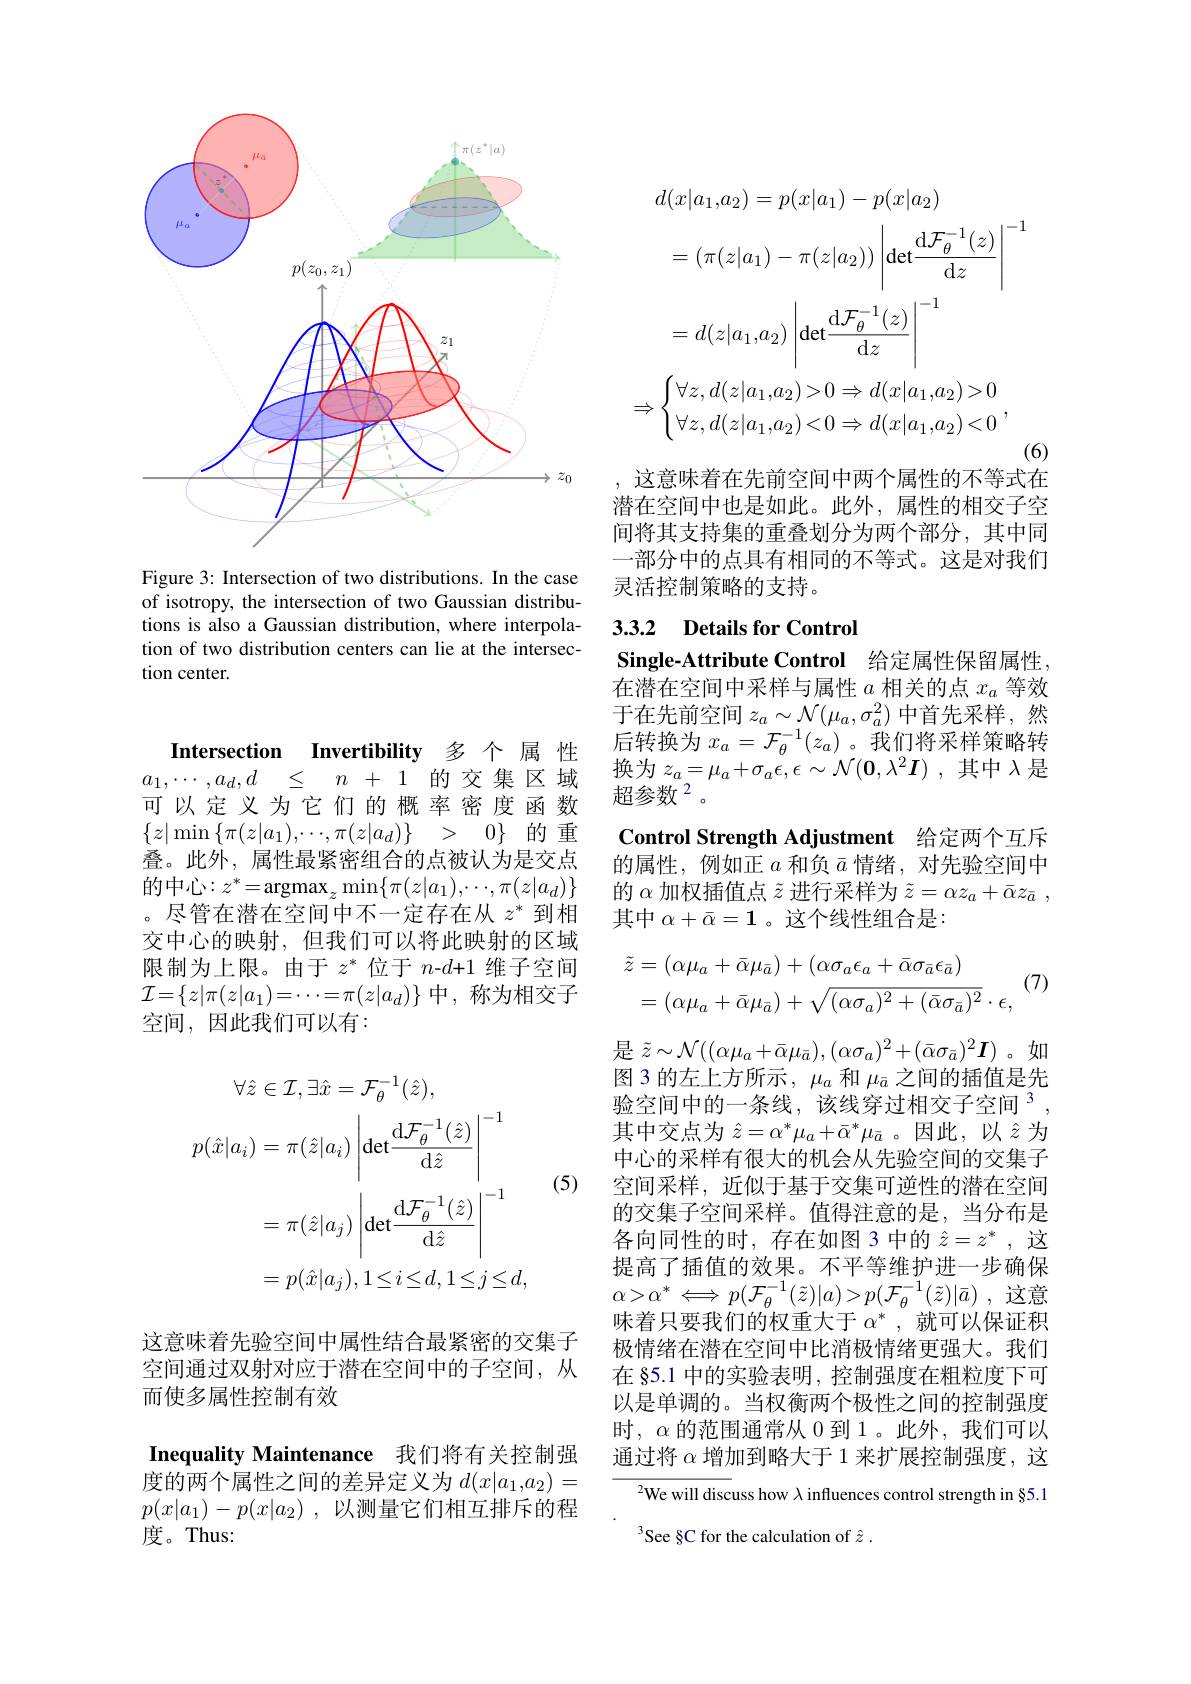
<FigureHere>

Figure 3: Intersection of two distributions. In the case of isotropy, the intersection of two Gaussian distributions is also a Gaussian distribution, where interpolation of two distribution centers can lie at the intersection center.

Intersection Invertibility 多个 属 性$a_1, \cdots , a_d, d$ $\leq$ $n$ + 1的交集区域可以定义为它们的概率密度函数$\{ z| \min \left \{ \pi ( z| a_{1}) , \cdots , \pi ( z| a_{d}) \right \}$ > $0\}$的重叠。此外，属性最紧密组合的点被认为是交点的中心$:z^*=\operatorname{argmax}_z\operatorname*{min}\{\pi(z|a_1),\cdots,\pi(z|a_d)\}$ 。尽管在潜在空间中不一定存在从$z^*$到相交中心的映射，但我们可以将此映射的区域限制为上限。由于$z^*$位于$n$-$d+1$维子空间$\mathcal{I}=\{z|\pi(z|a_1)=\cdots=\pi(z|a_d)\}$中，称为相交子空间，因此我们可以有：
$$\begin{aligned}\forall\hat{z}\in\mathcal{I},\exists\hat{x}&=\mathcal{F}_{\theta}^{-1}(\hat{z}),\\p(\hat{x}|a_{i})&=\pi(\hat{z}|a_{i})\left|\det\frac{\mathrm{d}\mathcal{F}_{\theta}^{-1}(\hat{z})}{\mathrm{d}\hat{z}}\right|^{-1}\\&=\pi(\hat{z}|a_{j})\left|\det\frac{\mathrm{d}\mathcal{F}_{\theta}^{-1}(\hat{z})}{\mathrm{d}\hat{z}}\right|^{-1}\\&=p(\hat{x}|a_{j}),\:1\leq i\leq d,\:1\leq j\leq d,\end{aligned}$$
(5)

这意味着先验空间中属性结合最紧密的交集子空间通过双射对应于潜在空间中的子空间，从而使多属性控制有效

Inequality Maintenance 我们将有关控制强度的两个属性之间的差异定义为$d(x|a_1,a_2)=$

$p( x| a_1) - p( x| a_2)$ ,以测量它们相互排斥的程
度。Thus:
$$\begin{aligned}&d(x|a_{1},a_{2})=p(x|a_{1})-p(x|a_{2})\\&=(\pi(z|a_1)-\pi(z|a_2))\left|\det\frac{\mathrm{d}\mathcal{F}_\theta^{-1}(z)}{\mathrm{d}z}\right|^{-1}\\&=d(z|a_1,a_2)\left|\det\frac{\mathrm{d}\mathcal{F}_\theta^{-1}(z)}{\mathrm{d}z}\right|^{-1}\\&\Rightarrow\begin{cases}\forall z,d(z|a_1,a_2)>0\Rightarrow d(x|a_1,a_2)>0\\\forall z,d(z|a_1,a_2)<0\Rightarrow d(x|a_1,a_2)<0\end{cases},\end{aligned}$$
(6)

,这意味着在先前空间中两个属性的不等式在潜在空间中也是如此。此外，属性的相交子空间将其支持集的重叠划分为两个部分，其中同一部分中的点具有相同的不等式。这是对我们灵活控制策略的支持。

## 3.3.2 Details for Control Single-Attribute Control 给定属性保留属性，

在潜在空间中采样与属性$a$相关的点$x_a$等效于在先前空间$z_a\sim\mathcal{N}(\mu_a,\sigma_a^2)$中首先采样，然后转换为$x_a=\mathcal{F}_\theta^{-1}(z_a)$。我们将采样策略转换为$z_a=\mu_a+\sigma_a\epsilon,\epsilon\sim\mathcal{N}(\mathbf{0},\lambda^2\boldsymbol{I})$ ,其中$\lambda$是超参数$^{2}$。

Control Strength Adjustment 给定两个互斥

的属性，例如正$a$和负$\bar{a}$情绪，对先验空间中的$\alpha$加权插值点$\tilde{z}$进行采样为$\tilde{z}=\alpha z_a+\bar{\alpha}z_{\bar{a}}$, 其中$\alpha+\bar{\alpha}=\mathbf{1}$ 。这个线性组合是：
$$\begin{aligned}\tilde{z}&=(\alpha\mu_{a}+\bar{\alpha}\mu_{\bar{a}})+(\alpha\sigma_{a}\epsilon_{a}+\bar{\alpha}\sigma_{\bar{a}}\epsilon_{\bar{a}})\\&=(\alpha\mu_{a}+\bar{\alpha}\mu_{\bar{a}})+\sqrt{(\alpha\sigma_{a})^{2}+(\bar{\alpha}\sigma_{\bar{a}})^{2}}\cdot\epsilon,\end{aligned}(7)$$
是$\tilde{z}\sim\mathcal{N}((\alpha\mu_{a}+\bar{\alpha}\mu_{\bar{a}}),(\alpha\sigma_{a})^{2}+(\bar{\alpha}\sigma_{\bar{a}})^{2}\boldsymbol{I})$。如图 3 的左上方所示$,\mu_a$和$\mu_{\bar{a}}$之间的插值是先验空间中的一条线，该线穿过相交子空间$^3$, 其中交点为$\hat{z}=\alpha^*\mu_a+\bar{\alpha}^*\mu_{\bar{a}}$。因此，以$\hat{z}$为中心的采样有很大的机会从先验空间的交集子空间采样，近似于基于交集可逆性的潜在空间的交集子空间采样。值得注意的是，当分布是各向同性的时，存在如图 3 中的$\hat{z}=z^*$,这提高了插值的效果。不平等维护进一步确保$\alpha > \alpha ^{* }\Longleftrightarrow p( \mathcal{F} _{\theta }^{- 1}( \tilde{z} ) | a) > p( \mathcal{F} _{\theta }^{- 1}( \tilde{z} ) | \bar{a} )$ ,这意味着只要我们的权重大于$\alpha^*$,就可以保证积极情绪在潜在空间中比消极情绪更强大。我们在 §5.1 中的实验表明，控制强度在粗粒度下可以是单调的。当权衡两个极性之间的控制强度时，$\alpha$的范围通常从 0 到 1。此外，我们可以通过将$\alpha$增加到略大于 1 来扩展控制强度，这

$^{2}$We will discuss how $\lambda$ influences control strength in §5.1
See §C for the calculation of $\hat{z}$ .